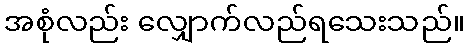
အစုံလည်း လျှောက်လည်ရသေးသည်။